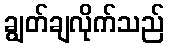
ချွတ်ချလိုက်သည်